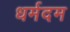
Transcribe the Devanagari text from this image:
धर्मदम